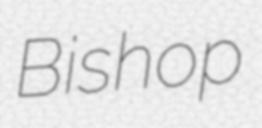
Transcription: Bishop